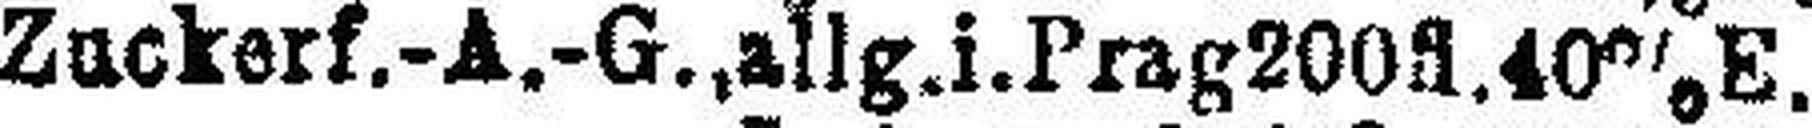
Zuckerf.-A.-G., allg.i.Prag200fl.40%E.